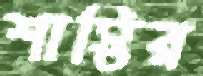
শাস্তির